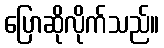
ပြောဆိုလိုက်သည်။